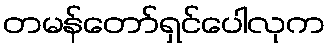
တမန်တော်ရှင်ပေါလုက